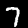
Label: 7